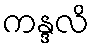
ကန္ဒလိ